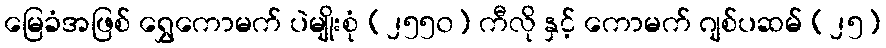
မြေခံအဖြစ် ရွှေကောမက် ပဲမျိုးစုံ (၂၅၅၀) ကီလို နှင့် ကောမက် ဂျစ်ပဆမ် (၂၅)